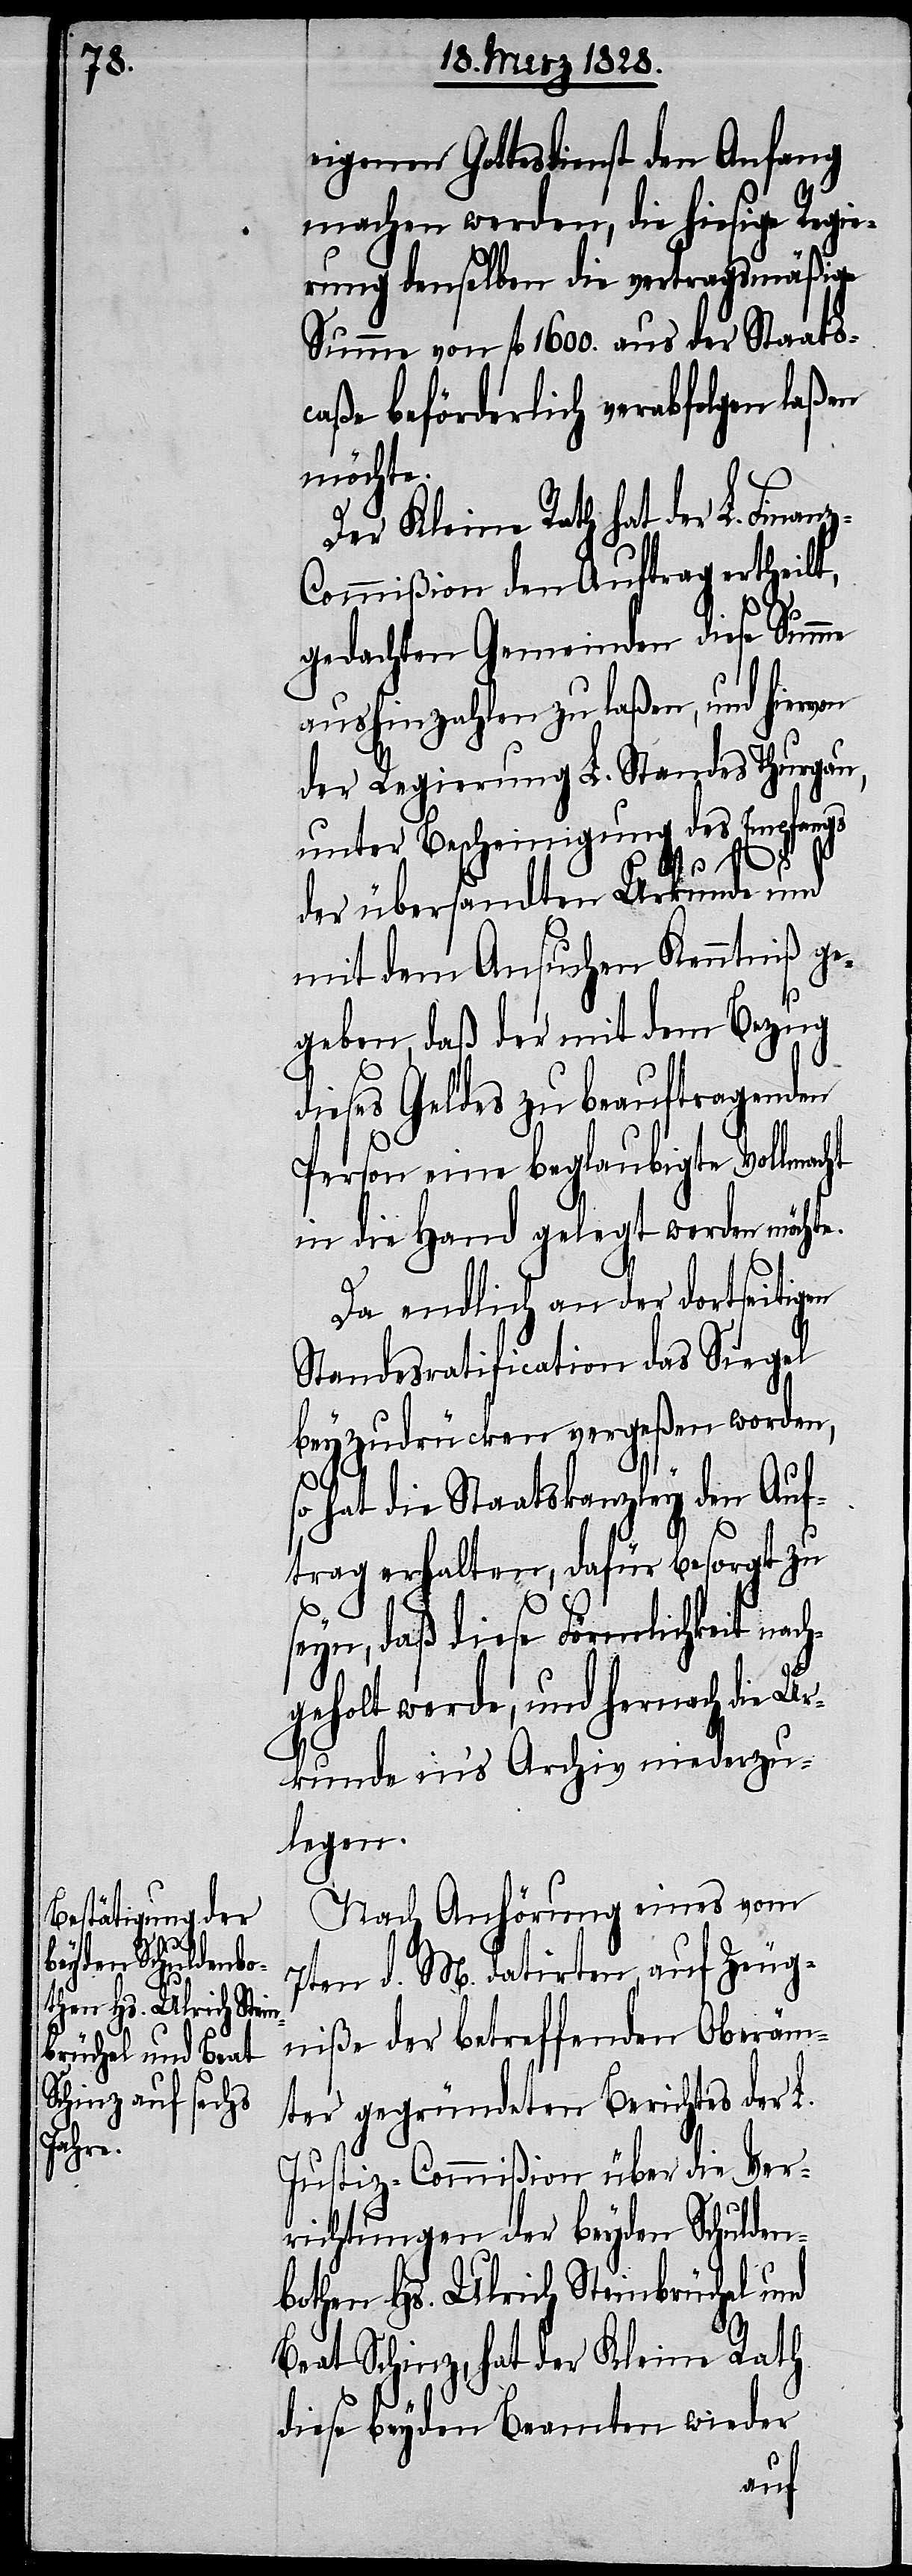
eigenen Gottesdienst den Anfang
machen werden, die hiesige Regie¬
rung denselben die vertragsmäßige
scaße beförderlich verabfolgen laßen
möchte.
Der Kleine Rath hat der L. Finan¬
ommißion den Auftrag ertheilt,
gedachten Gemeinden diese Summe
aushinzahlen zu laßen, und hiervon
der Regierung L. Standes Thurgau,
unter Bescheinigung des Empfangs
der Staat¬
der übersandten Urkunde und
mit dem Ansuchen Kenntniß ge¬
geben, daß der mit dem Bezug
dieses Geldes zu beauftragenden
Person eine beglaubigte Vollmacht
in die Hand gelegt werden möchte.
Da endlich an der dortseitigen
Standesratification das Siegel
beyzudrücken vergeßen worden,
so hat die Staatskanzley den Auf¬
trag erhalten, dafür besorgt zu
seyn, daß diese Förmlichkeit na¬
ch¬
geholt werde, und hernach die Ur¬
kunde in‘s Archiv niederzu¬
legen.
Nach Anhörung eines vom
7ten d. M. datirten, auf Zeug¬
niße der betreffenden Oberäm¬
ter gegründeten Berichtes der L.
Justiz-Commißion über die Ver¬
richtungen der beyden Schulden¬
bothen Hs. Ulrich Steinbrüchel und
Beat Schinz, hat der Kleine Rath
diese beyden Beamten wieder
1600.
aus